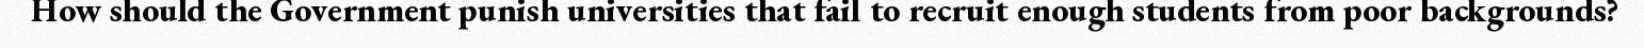
How should the Government punish universities that fail to recruit enough students from poor backgrounds?